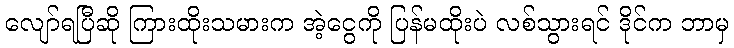
လျော်ရပြီဆို ကြားထိုးသမားက အဲ့ငွေကို ပြန်မထိုးပဲ လစ်သွားရင် ဒိုင်က ဘာမှ